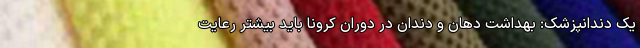
یک دندانپزشک: بهداشت دهان و دندان در دوران کرونا باید بیشتر رعایت